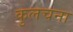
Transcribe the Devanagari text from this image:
कुलचना